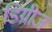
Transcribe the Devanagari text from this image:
डिग्रीज